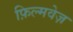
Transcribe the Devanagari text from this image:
फ़िल्मवेज़